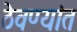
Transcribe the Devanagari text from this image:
ठेवण्यांत